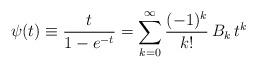
LaTeX: \begin{align*}\psi(t)\equiv \frac{t}{1-e^{-t}} = \sum_{k=0}^\infty \frac{(-1)^k}{k!}\, B_k\, t^k\end{align*}